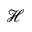
\mathcal { H }